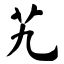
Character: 艽